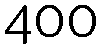
400